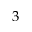
3